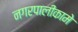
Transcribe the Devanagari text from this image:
नगरपालीकामे